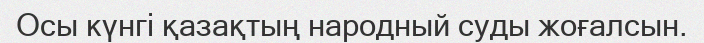
Осы күнгі қазақтың народный суды жоғалсын.